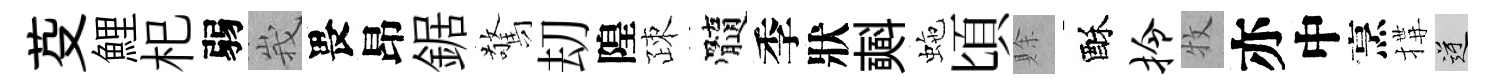
芟鯉𣏌弱峩畏昂鋸驚刧隍疎髓季狀𣂏虵頃賖酥拎牧亦中烹搆逆